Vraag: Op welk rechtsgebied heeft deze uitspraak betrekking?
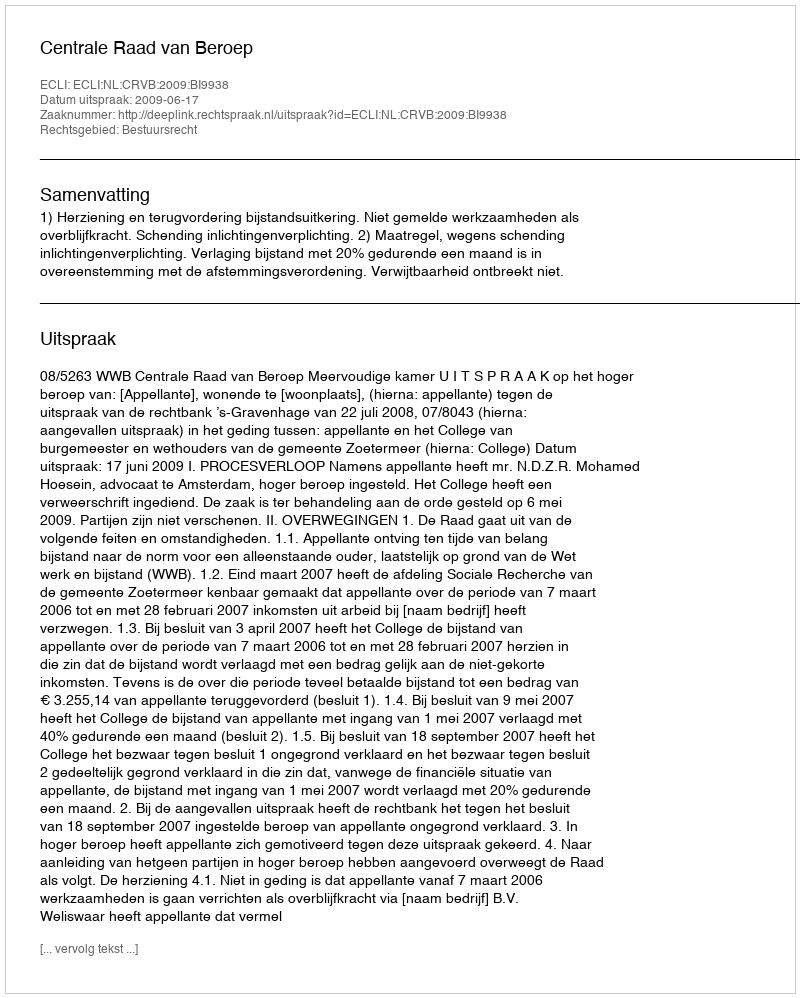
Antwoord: Bestuursrecht